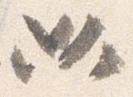
必